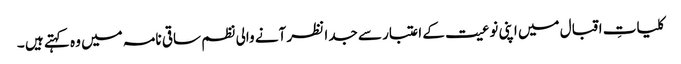
کلیاتِ اقبال میں اپنی نوعیت کے اعتبار سے جدا نظر آنے والی نظم ساقی نامہ میں وہ کہتے ہیں ۔